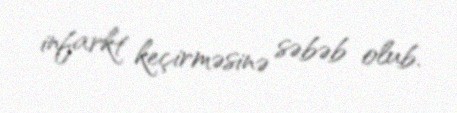
infarkt keçirməsinə səbəb olub.